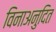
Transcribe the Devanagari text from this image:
विनाअनुदित